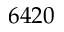
6 4 2 0